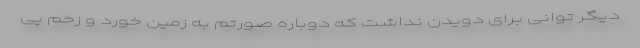
دیگر توانی برای دویدن نداشت که دوباره صورتم به زمین خورد و زخم پی